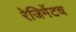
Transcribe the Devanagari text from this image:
रेजिमेंटच